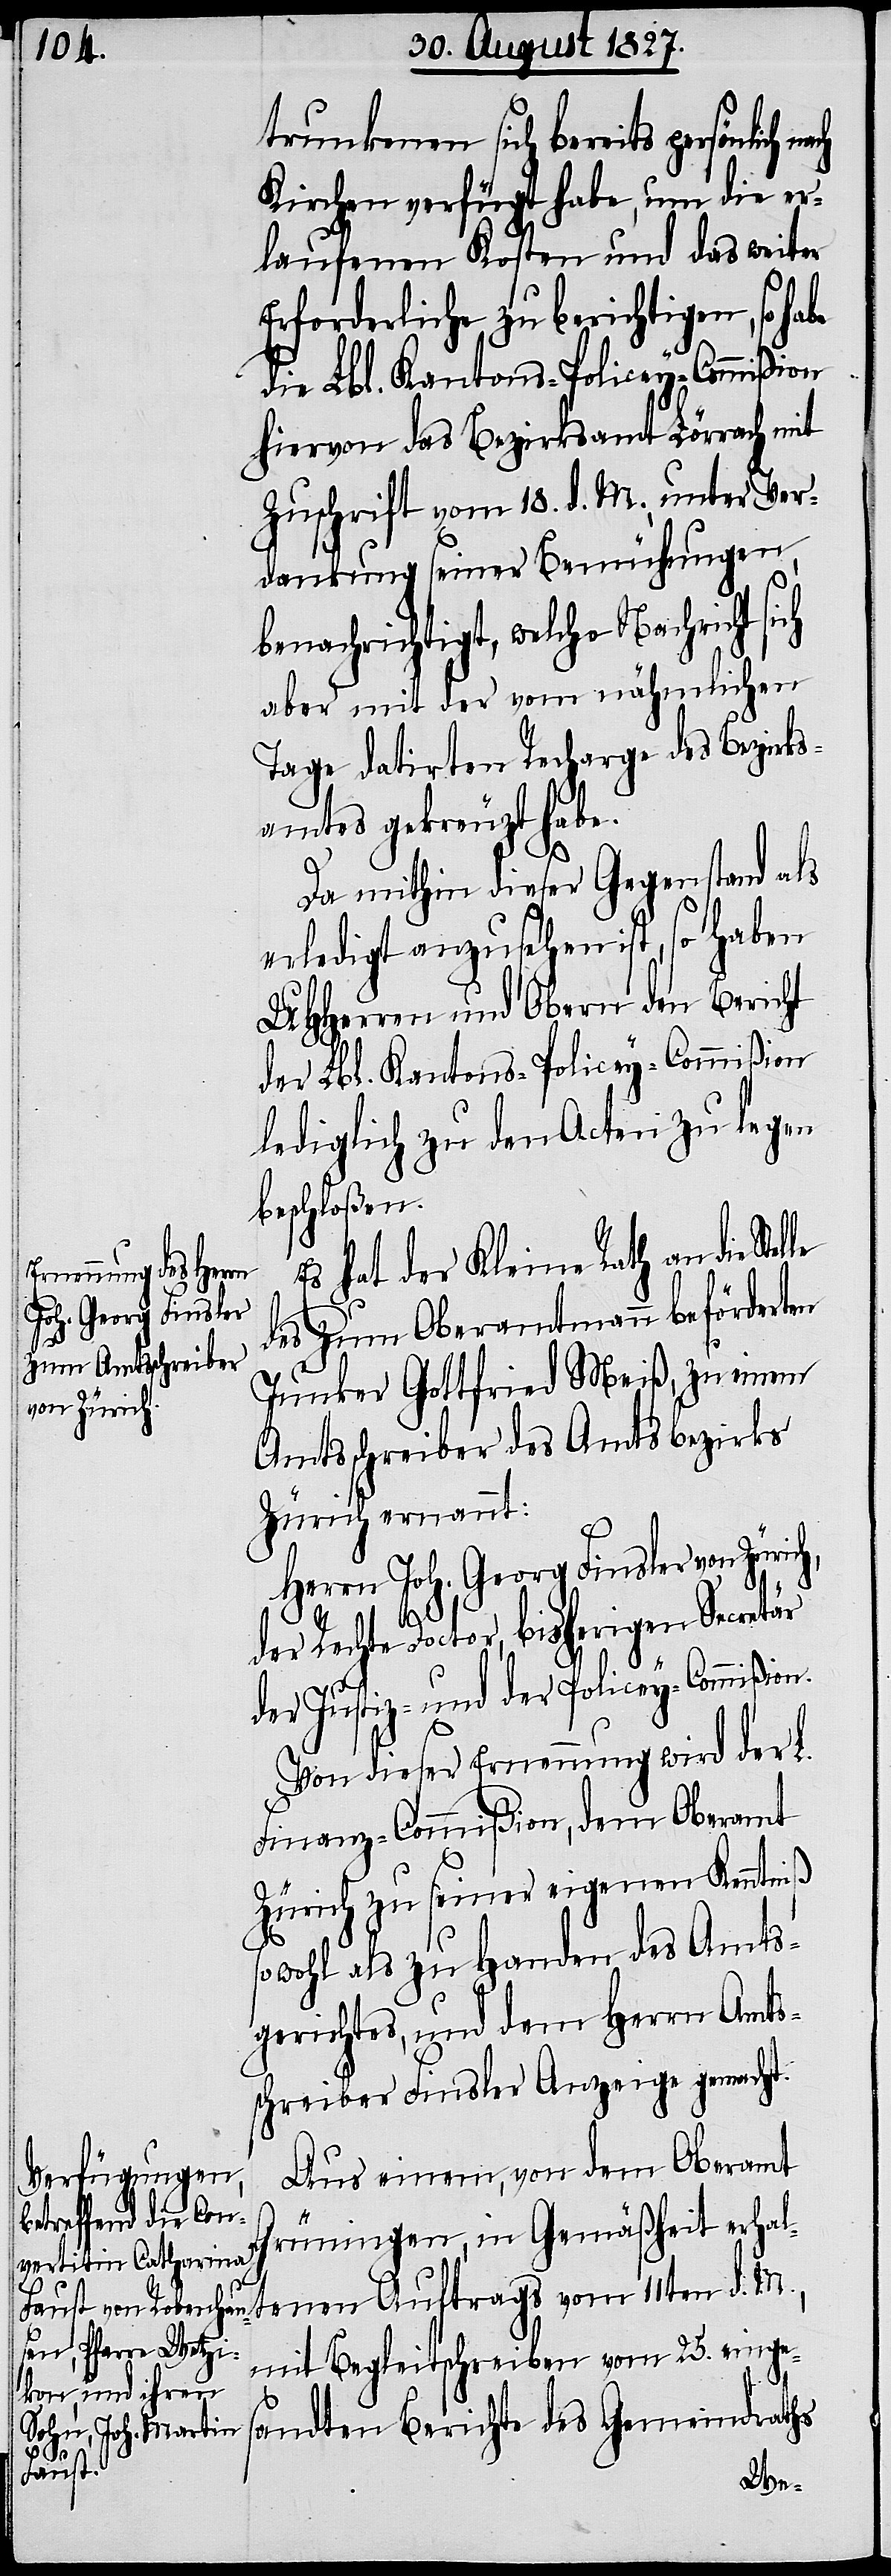
trunkenen sich bereits persönlich
Kirchen verfügt habe, um die er¬
laufenen Kosten und das weiter
Erforderliche zu berichtigen, so ha¬
die Lbl. Kantons-Policey-Commißion
hiervon das Bezirksamt Lörrach mit
Zuschrift vom 18. d. M. unter Ver¬
dankung seiner Bemühungen,
benachrichtigt, welche Nachricht si¬
aber mit der von nähmlichen
Tage datirten Recharge des Bezirks¬
amtes gekreuzt habe.
Da mithin dieser Gegenstand als
erledigt anzusehen ist, so haben
UHHerren und Obern den Bericht
der Lbl. Kantons-Policey-Commißion
lediglich zu den Acten zu legen
beschloßen.
Es hat der Kleine Rath an die Ste¬
des zum Oberamtmann beförderten
Junker Gottfried Meiß, zu einem
Amtsschreiber des Amtsbezirks
Zürich ernannt:
Herrn Joh. Georg Finsler von Zürich,
ch
der Rechte Doctor, bisherigen Secretär
der Justiz- und der Policey-Commißion.
Von dieser Ernennung wird der L.
Finanz-Commißion, dem Oberamt
Zürich zu seiner eigenen Kenntniß
sowohl als zu Handen des Amts¬
gerichtes, und dem Herrn Amts¬
schreiber Finsler Anzeige gemacht.
Aus einem, von dem Oberamt
lle
Grüningen, in Gemäßheit erhalt¬
enen Auftrags vom 11ten d. M.,
mit Begleitschreiben vom 25. einges¬
andten Berichte des Gemeindraths